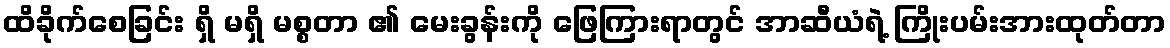
ထိခိုက်စေခြင်း ရှိ မရှိ မစ္စတာ ၏ မေးခွန်းကို ဖြေကြားရာတွင် အာဆီယံရဲ့ ကြိုးပမ်းအားထုတ်တာ